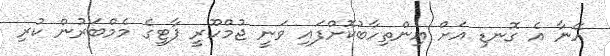
އޭނާ އެ ގޮނޑި އަށް އިންތިހާބުކޮށްފައި ވަނީ ޖުމްހޫރީ ޕާޓީގެ މެމްބަރުން ކުރި